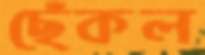
ছেঁকল